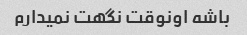
باشه اونوقت نگهت نمیدارم